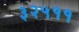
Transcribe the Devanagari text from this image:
३२५११